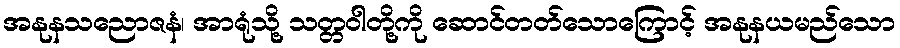
အနုနသညောဇနံ၊ အာရုံသို့ သတ္တဝါတို့ကို ဆောင်တတ်သောကြောင့် အနုနယမည်သော